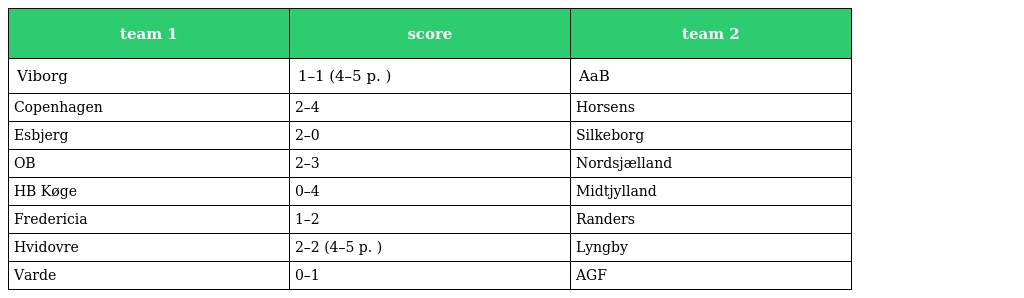
| team 1 | score | team 2 |
 | --- | --- | --- |
 | Viborg | 1–1 (4–5 p. ) | AaB |
 | Copenhagen | 2–4 | Horsens |
 | Esbjerg | 2–0 | Silkeborg |
 | OB | 2–3 | Nordsjælland |
 | HB Køge | 0–4 | Midtjylland |
 | Fredericia | 1–2 | Randers |
 | Hvidovre | 2–2 (4–5 p. ) | Lyngby |
 | Varde | 0–1 | AGF |